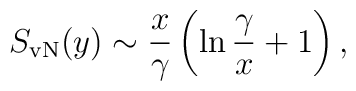
S_{\rm vN}(y) \sim {x\over \gamma}\left(\ln{\gamma\over x} + 1 \right),